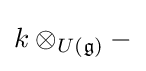
k\otimes _{U({\mathfrak {g}})}-